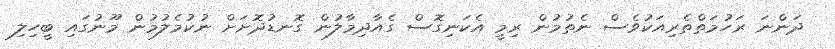
ދަންނަ ރަހުމަތްތެރިއަކުވެސް ނެތުމުން ރިމީ އެކަނިގޮސް ގެއާދިމާލުން ގޮނޑުދޮށަށް ނުކުމެލުމުން މޫނުގައި ބީހިލި